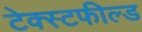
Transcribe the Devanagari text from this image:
टेक्स्टफील्ड